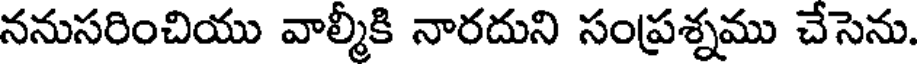
ననుసరించియు వాల్మీకి నారదుని సంప్రశ్నము చేసెను.